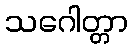
သဂေါတ္တာ